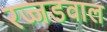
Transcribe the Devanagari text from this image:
रज्जडवाल